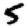
Digit: 5